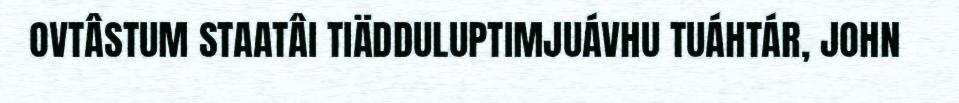
OVTÂSTUM STAATÂI TIÄDDULUPTIMJUÁVHU TUÁHTÁR, JOHN